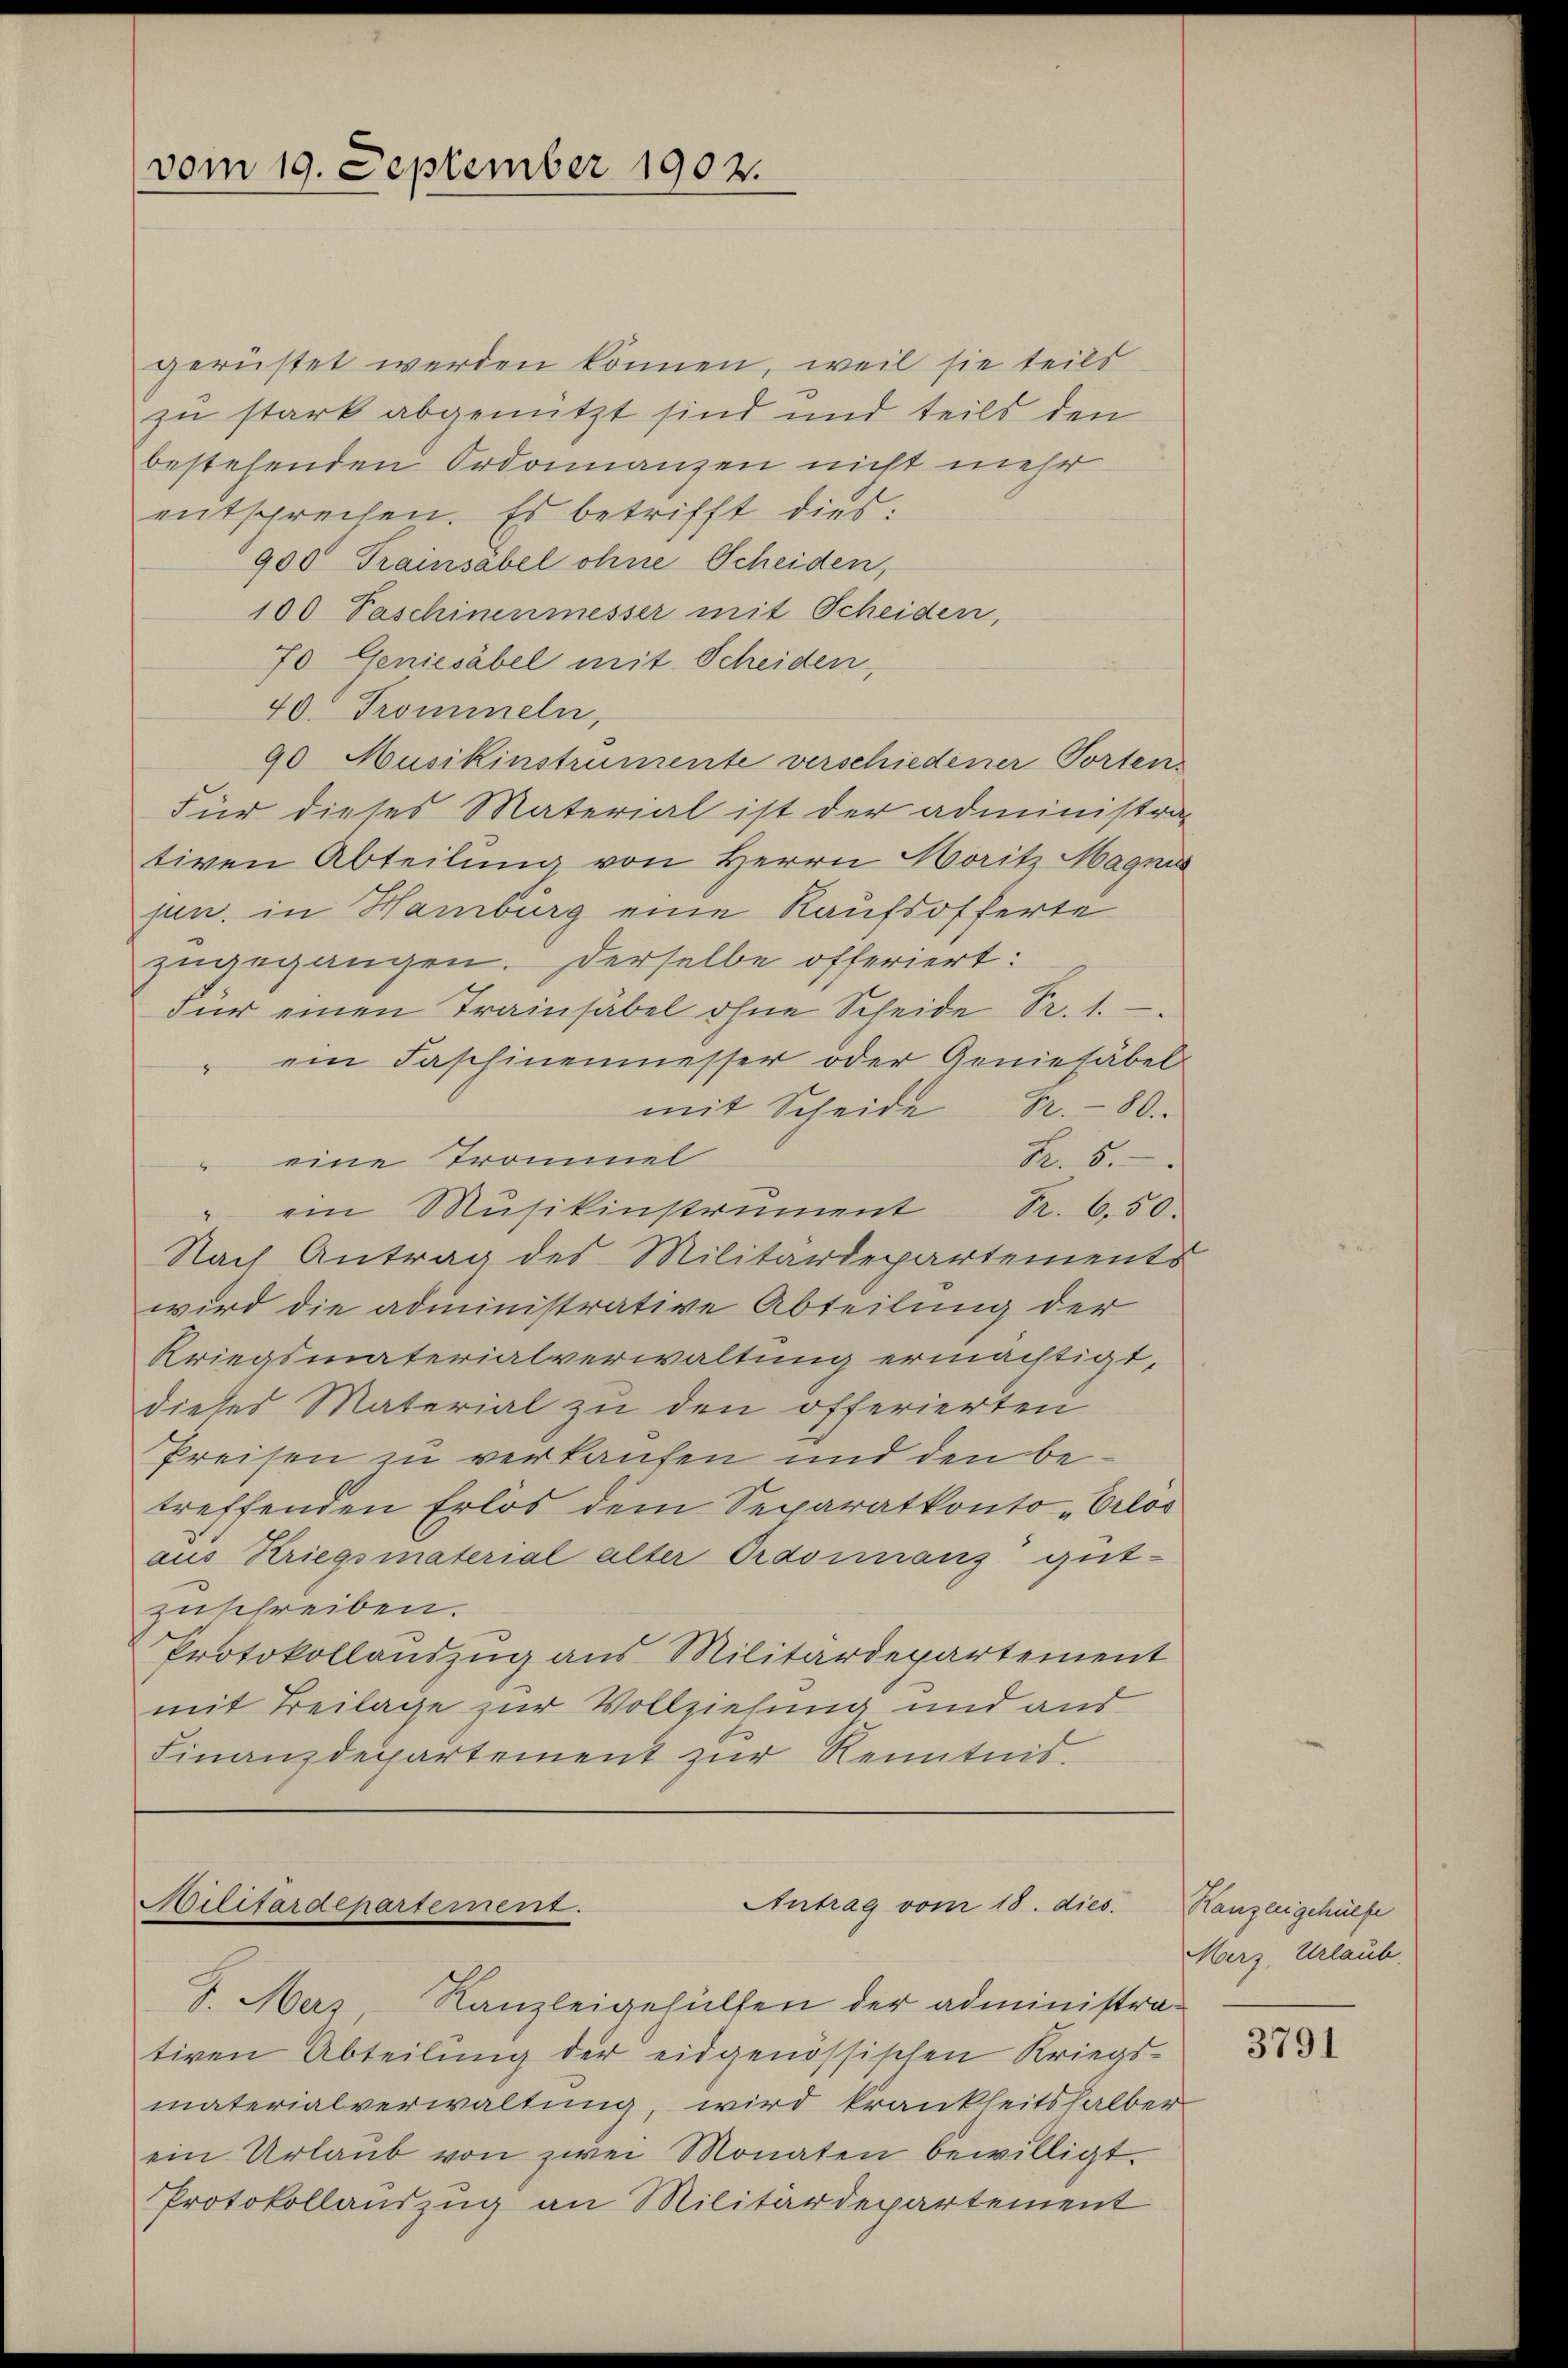
gerüstet werden können, weil sie teilt
zu stark abgenutzt sind und teils den
bestehenden Ordonnanzen nicht mehr
entsprechen. Es betrifft dies:
900 Trainsabel ohne Scheiden,
100 Paschinenmesser mit Scheiden,
70 Geniesäbel mit Scheiden,
40. Trommeln,
90 Musikinstrumente verschiedener Torten
Für dieses Material ist der administra-
tiven Abteilung von Herrn Moritz Magnus
jun. in Hamburg eine Kaufsofferte
zŭgegangen. Derselbe offeriert:
für einen Trainsäbel ohne Scheide Sr. 1.
" ein Faschinenmesser oder Geniesäbel
mit Scheide Nr. 80.
 eine Trommel
Fr. 5.
" ein Mŭsikinstrument Nr. 650.
Nach Antrag des Militärdepartements
wird die administrative Abteilung der
Kriegsmaterialverwaltung ermächtigt,
dieses Material zu den offerierten
Preisen zu verkaufen und den betreffenden Erlös dem Separatkonto „Erlos
aus Kriegsmaterial alter Ordoinanz gut-
zuschreiben.
Protokollauszug aus Militärdepartement
mit Beilage zur Vollziehung und ans
Finanzdepartement zur Kenntnis.

vom 19. September 1902.

Bilitärdepartement.
Antrag vom 18. dies
J. Merz, Kanzleigehülfen der administra¬

tiven Abteilung der eidgenössischen Kriegs-
materialverwaltung, wird krankheitshalber
ein Urlaub von zwei Monaten bewilligt
Protokollauszug an Militärdepartement

Ranzeigehülfe
Merz, Urlaub.

3791